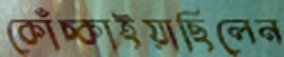
কোঁচ্‌কাইয়াছিলেন